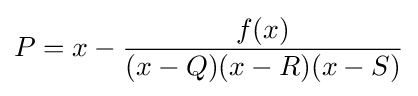
P=x-{\frac {f(x)}{(x-Q)(x-R)(x-S)}}